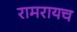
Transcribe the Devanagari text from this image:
रामरायच